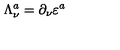
\Lambda _ { \nu } ^ { a } = \partial _ { \nu } \varepsilon ^ { a }